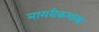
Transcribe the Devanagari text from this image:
नागरीकशास्त्र